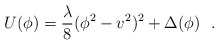
\begin{align*}U(\phi)=\frac{\lambda}{8}(\phi^2-v^2)^2 +\Delta(\phi) ~~.\end{align*}